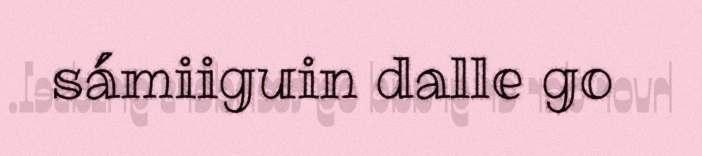
sámiiguin dalle go